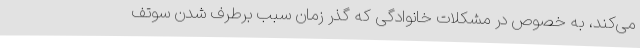
می‌کند، به خصوص در مشکلات خانوادگی که گذر زمان سبب برطرف شدن سوتف